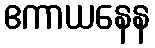
ဧကာယနေန